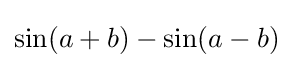
\sin(a+b)-\sin(a-b)